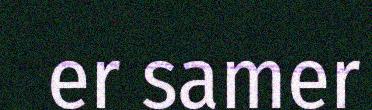
er samer